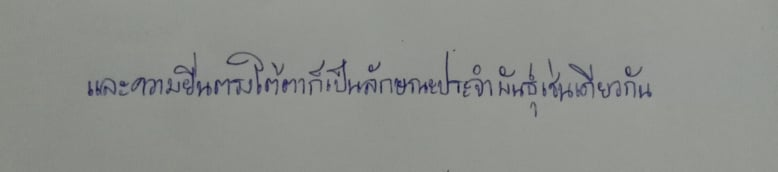
และความยื่นตรงใต้ตาก็เป็นลักษณะประจำพันธุ์เช่นเดียวกัน